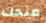
منحك